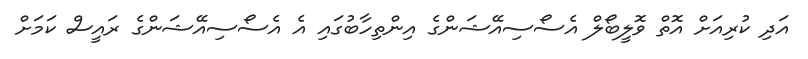
އަދި ކުރިއަށް އޮތް ވޮލީބޯލް އެސޯސިއޭޝަންގެ އިންތިހާބުގައި އެ އެސޯސިއޭޝަންގެ ރައީސް ކަމަށް